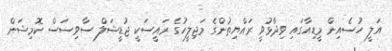
އަލީ ހުސެއިން މީޑިއާގައި ވިދާޅުވީ ރައްޔިތުންގެ މަޖިލީހުގެ ރައީސަކީ ޖުޑީޝަލް ސާވިސަސް ކޮމިޝަން